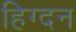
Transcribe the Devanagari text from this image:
हिग्दन